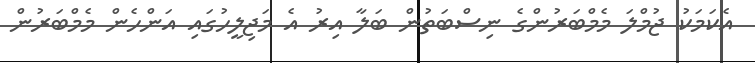
އެކަމަކު ޖުމްލަ މެމްބަރުންގެ ނިސްބަތުން ބަލާ އިރު އެ މަޖިލީހުގައި އަންހެން މެމްބަރުން